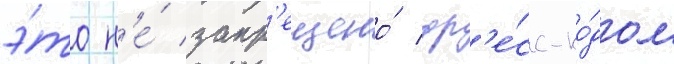
э́то н'е́ запр'ещено́ др'е́сс-ко́дом